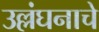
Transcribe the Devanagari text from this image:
उल्लंघनाचे